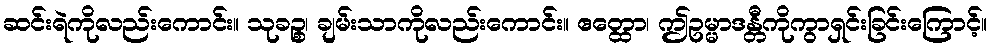
ဆင်းရဲကိုလည်းကောင်း။ သုခဉ္စ၊ ချမ်းသာကိုလည်းကောင်း။ ဧတ္ထော၊ ဤဥမ္မာဒန္တီကိုကွာရှင်းခြင်းကြောင့်။